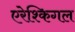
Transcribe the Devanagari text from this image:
एरेश्किगल